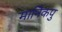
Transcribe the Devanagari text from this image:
मानिकपु